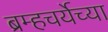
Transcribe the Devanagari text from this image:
ब्रम्हचर्येच्या